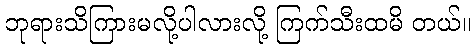
ဘုရားသိကြားမလို့ပါလားလို့ ကြက်သီးထမိ တယ်။